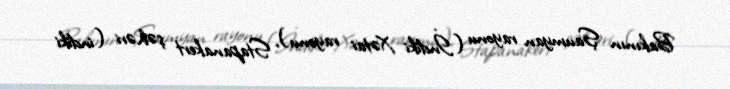
Bakının Şaumyan rayonu (İndiki Xətai rayonu), Stapanakert şəhəri (indiki